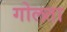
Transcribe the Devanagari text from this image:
गोलता